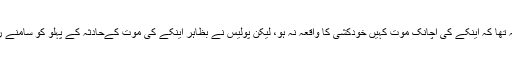
جرمن صوبے لوئر سیکسنی کی پولیس کو ابتداء میں شبہ تھا کہ اینکے کی اچانک موت کہیں خودکشی کا واقعہ نہ ہو، لیکن پولیس نے بظاہر اینکے کی موت کےحادثہ کے پہلو کو سامنے رکھنے کے ساتھ ساتھ تقریبا خود کشی قرار دے دیا ہے۔